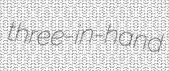
three-in-hand